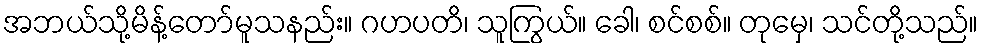
အဘယ်သို့မိန့်တော်မူသနည်း။ ဂဟပတိ၊ သူကြွယ်။ ခေါ၊ စင်စစ်။ တုမှေ၊ သင်တို့သည်။